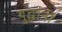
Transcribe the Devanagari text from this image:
युद्धांनी